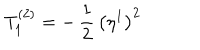
T _ { 1 } ^ { ( 2 ) } = - \, \frac { 1 } { 2 } \, \bigl ( \eta ^ { 1 } \bigr ) ^ { 2 }